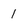
Character: 1